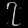
Digit: ၇